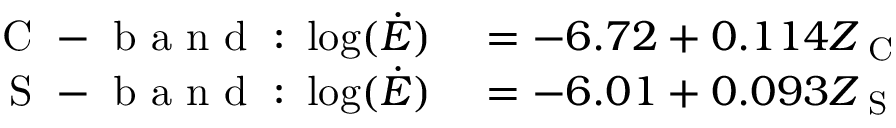
\begin{array} { r l } { \mathrm { ~ C ~ - ~ b ~ a ~ n ~ d ~ : ~ } \log ( \dot { E } ) } & { { } = - 6 . 7 2 + 0 . 1 1 4 Z _ { \mathrm { ~ C ~ } } } \\ { \mathrm { ~ S ~ - ~ b ~ a ~ n ~ d ~ : ~ } \log ( \dot { E } ) } & { { } = - 6 . 0 1 + 0 . 0 9 3 Z _ { \mathrm { ~ S ~ } } } \end{array}